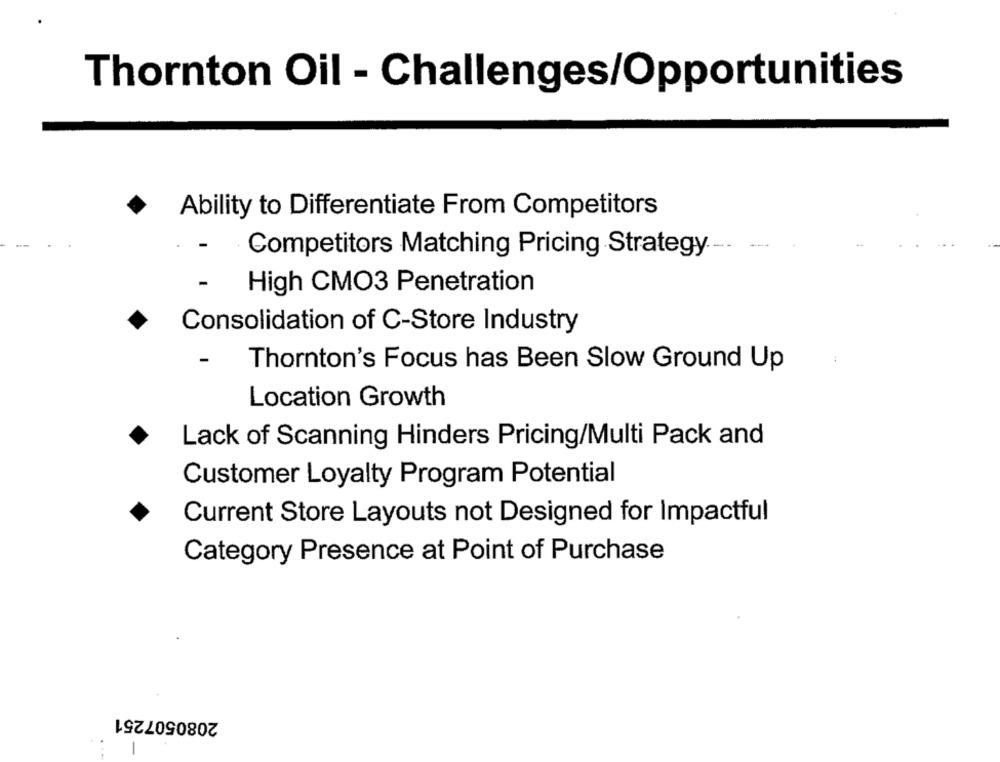
Thornton Oil - Challenges/Opportunities
Ability to Differentiate From Competitors
Competitors Matching Pricing Strategy.
High CMO3 Penetration
Consolidation of C-Store Industry
-
Thornton's Focus has Been Slow Ground Up
Location Growth
Lack of Scanning Hinders Pricing/Multi Pack and
Customer Loyalty Program Potential
Current Store Layouts not Designed for Impactful
Category Presence at Point of Purchase
2080507251